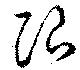
限